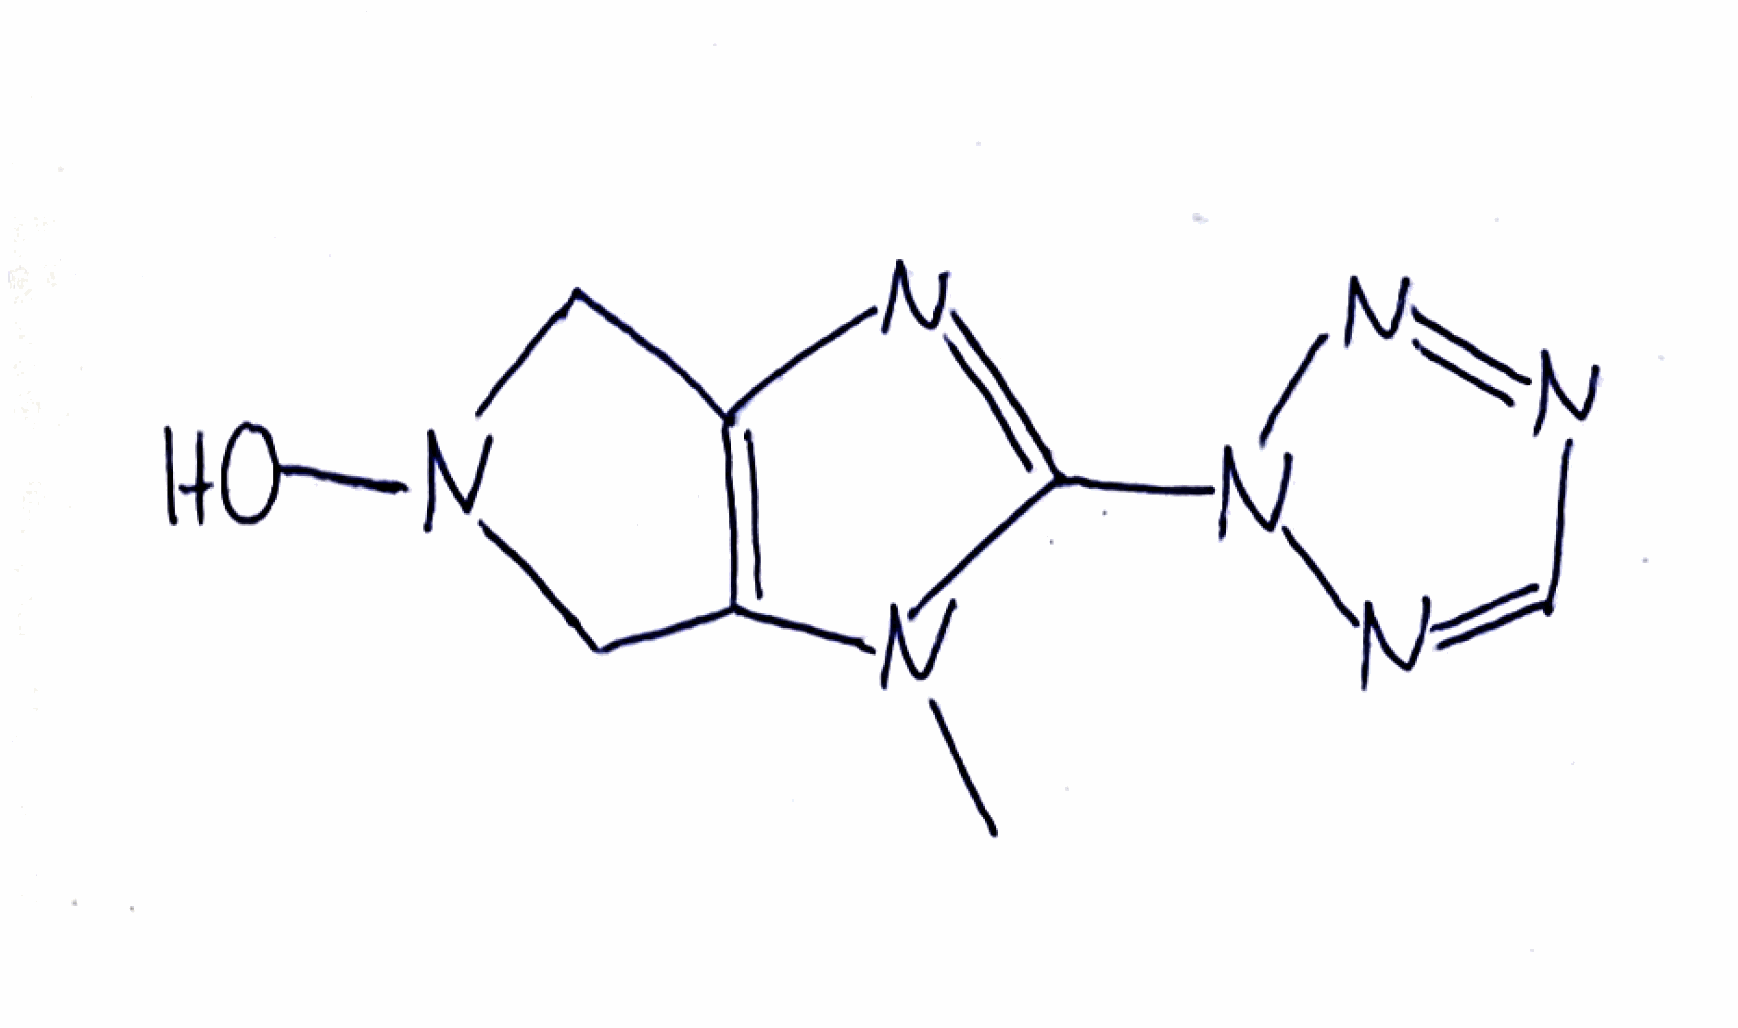
Simplified molecular-input line-entry system (SMILES) notation of the given molecule:
CN1C2=C(CN(C2)O)N=C1N3N=CN=N3